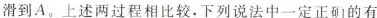
滑到A。上述两过程相比较。下列说法中一定正确的有